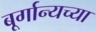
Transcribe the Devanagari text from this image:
बूर्गान्यच्या